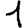
Digit: 1